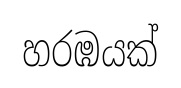
හරඹයක්